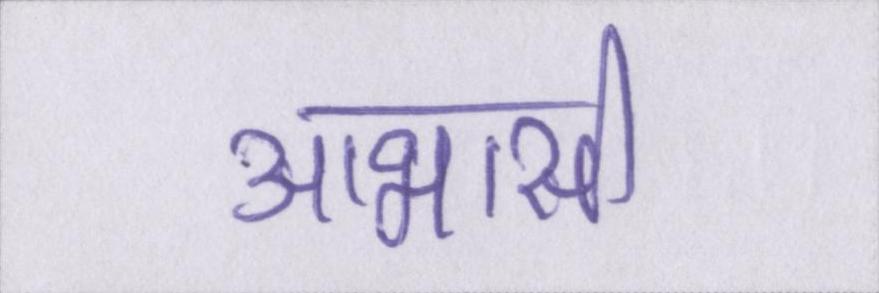
आभासी